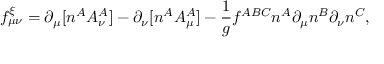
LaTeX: f _ { \mu \nu } ^ { \xi } = \partial _ { \mu } [ n ^ { A } { \cal A } _ { \nu } ^ { A } ] - \partial _ { \nu } [ n ^ { A } { \cal A } _ { \mu } ^ { A } ] - { \frac { 1 } { g } } f ^ { A B C } n ^ { A } \partial _ { \mu } n ^ { B } \partial _ { \nu } n ^ { C } ,